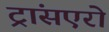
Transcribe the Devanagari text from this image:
ट्रांसएरो